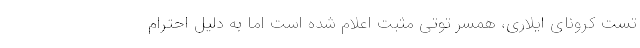
تست کرونای ایلاری، همسر توتی مثبت اعلام شده است اما به دلیل احترام